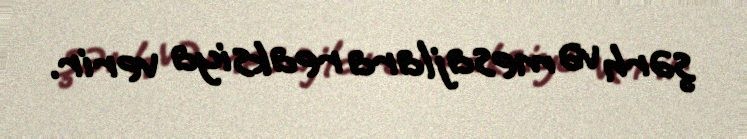
şərh və mesajlara reaksiya verir.